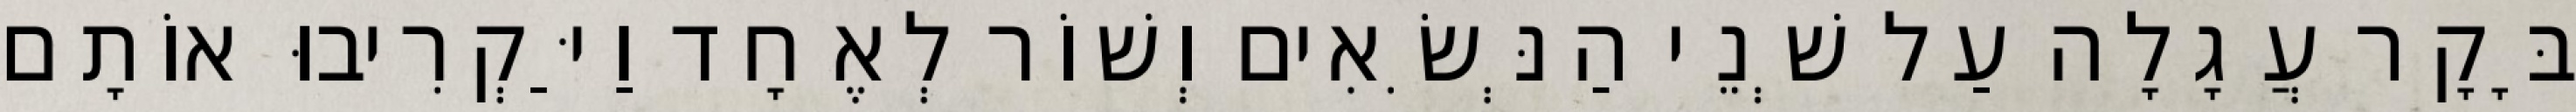
בָּקָר עֲגָלָה עַל שְׁנֵי הַנְּשִׂאִים וְשׁוֹר לְאֶחָד וַיַּקְרִיבוּ אוֹתָם